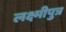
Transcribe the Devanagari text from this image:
लक्ष्मीपुत्र